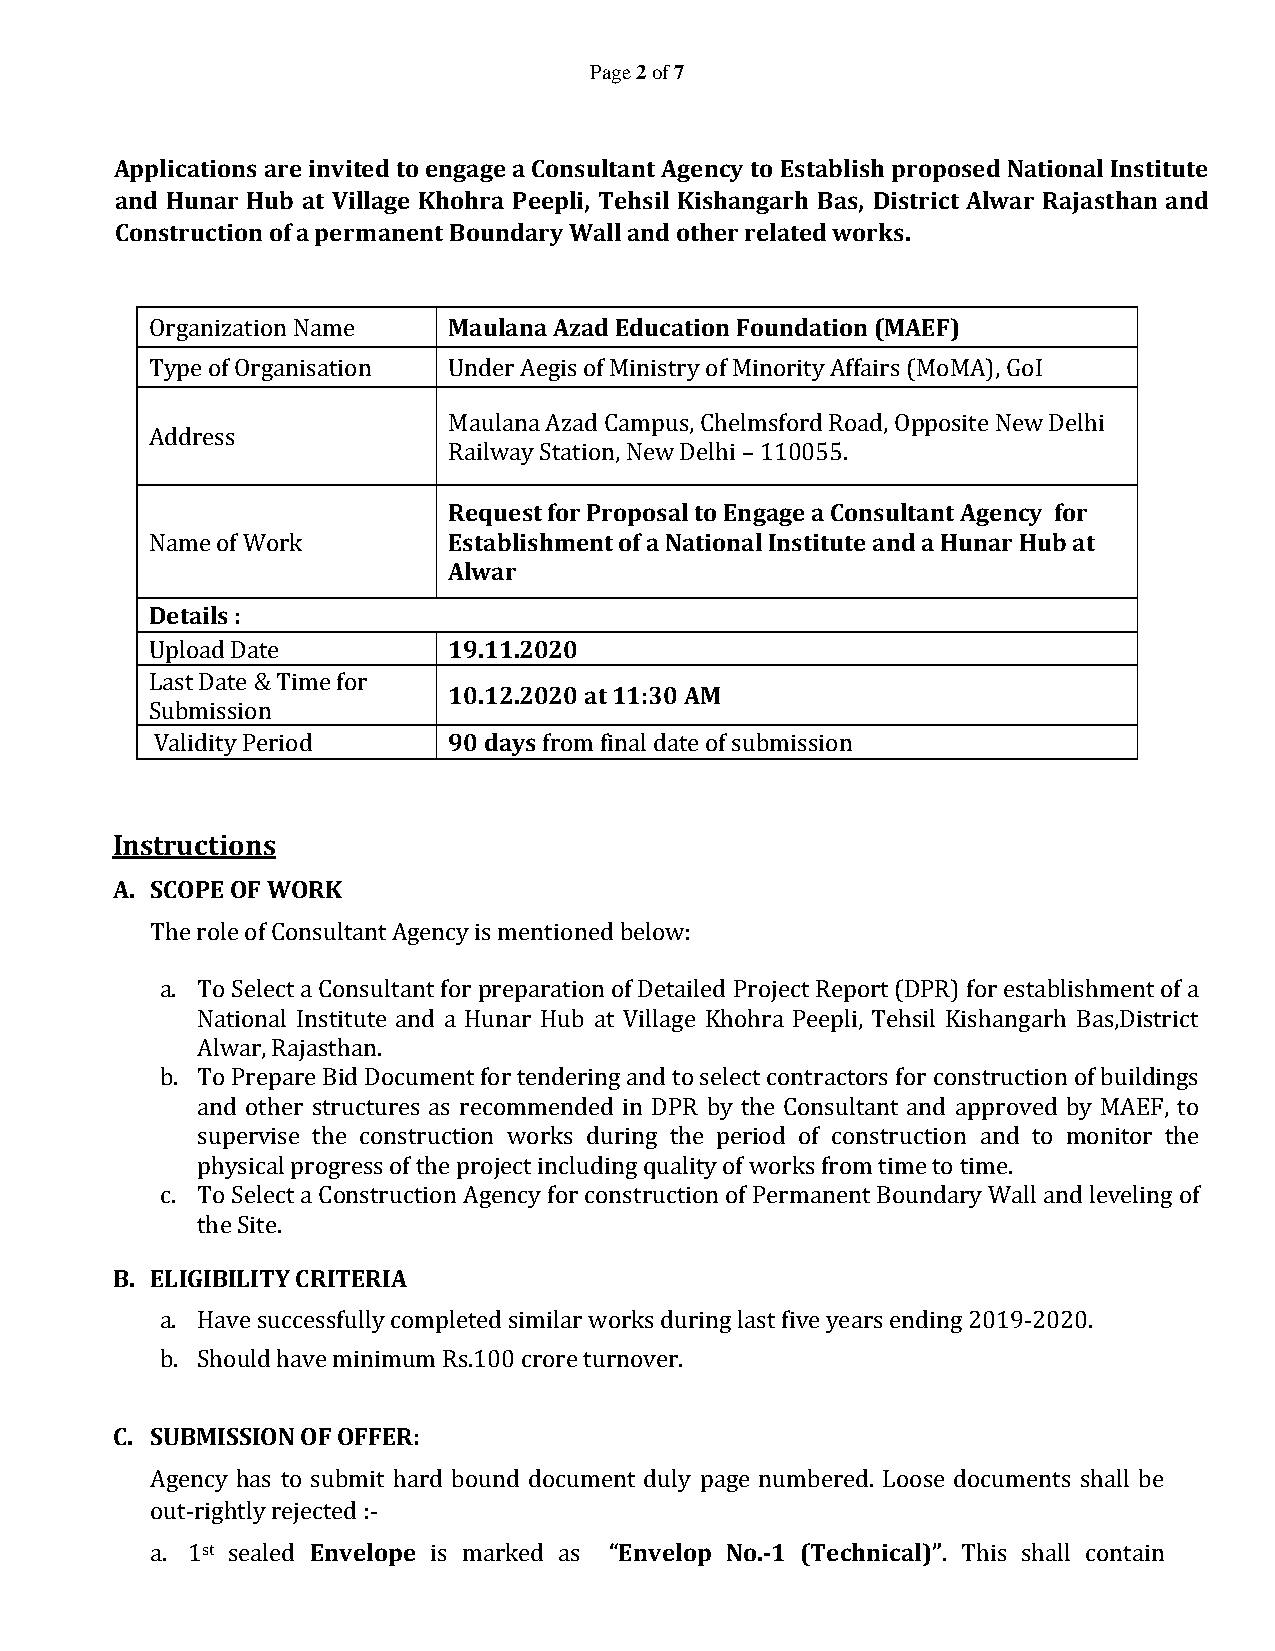
Page 2 of 7
 Applications are invited to engage a Consultant Agency to Establish proposed National Institute
 and Hunar Hub at Village Khohra Peepli, Tehsil Kishangarh Bas, District Alwar Rajasthan and
 Construction of a permanent Boundary Wall and other related works.
 Organization Name   Maulana Azad Education Foundation (MAEF)
 Type of Organisation Under Aegis of Ministry of Minority Affairs (MoMA), GoI
 Maulana Azad Campus, Chelmsford Road, Opposite New Delhi
 Address
 Railway Station, New Delhi – 110055.
 Request for Proposal to Engage a Consultant Agency for
 Name of Work        Establishment of a National Institute and a Hunar Hub at
 Alwar
 Details :
 Upload Date         19.11.2020
 Last Date & Time for
 10.12.2020 at 11:30 AM
 Submission
 Validity Period     90 days from final date of submission
 Instructions
 A. SCOPE OF WORK
 The role of Consultant Agency is mentioned below:
 a. To Select a Consultant for preparation of Detailed Project Report (DPR) for establishment of a
 National Institute and a Hunar Hub at Village Khohra Peepli, Tehsil Kishangarh Bas,District
 Alwar, Rajasthan.
 b. To Prepare Bid Document for tendering and to select contractors for construction of buildings
 and other structures as recommended in DPR by the Consultant and approved by MAEF, to
 supervise the construction works during the period of construction and to monitor the
 physical progress of the project including quality of works from time to time.
 c. To Select a Construction Agency for construction of Permanent Boundary Wall and leveling of
 the Site.
 B. ELIGIBILITY CRITERIA
 a. Have successfully completed similar works during last five years ending 2019-2020.
 b. Should have minimum Rs.100 crore turnover.
 C. SUBMISSION OF OFFER:
 Agency has to submit hard bound document duly page numbered. Loose documents shall be
 out-rightly rejected :-
 a. 1st sealed Envelope is marked as “Envelop No.-1 (Technical)”. This shall contain